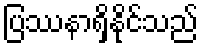
ပြဿနာရှိနိုင်သည်